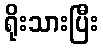
ရိုးသားပြီး